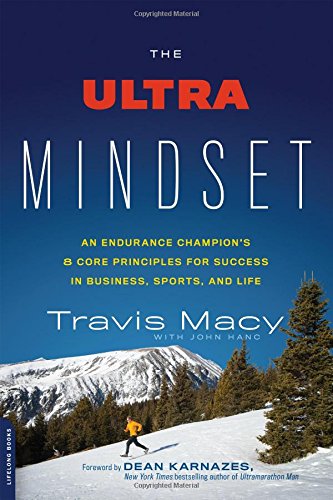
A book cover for The Ultra Mindset: An Endurance Champion's 8 Core Principles for Success in Business, Sports, and Life; Travis Macy; Health, Fitness & Dieting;